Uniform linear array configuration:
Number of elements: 32
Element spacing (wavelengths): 1
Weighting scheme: hamming
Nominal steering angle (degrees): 15
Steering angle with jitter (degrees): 14.377
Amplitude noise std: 0.05
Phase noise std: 0.05

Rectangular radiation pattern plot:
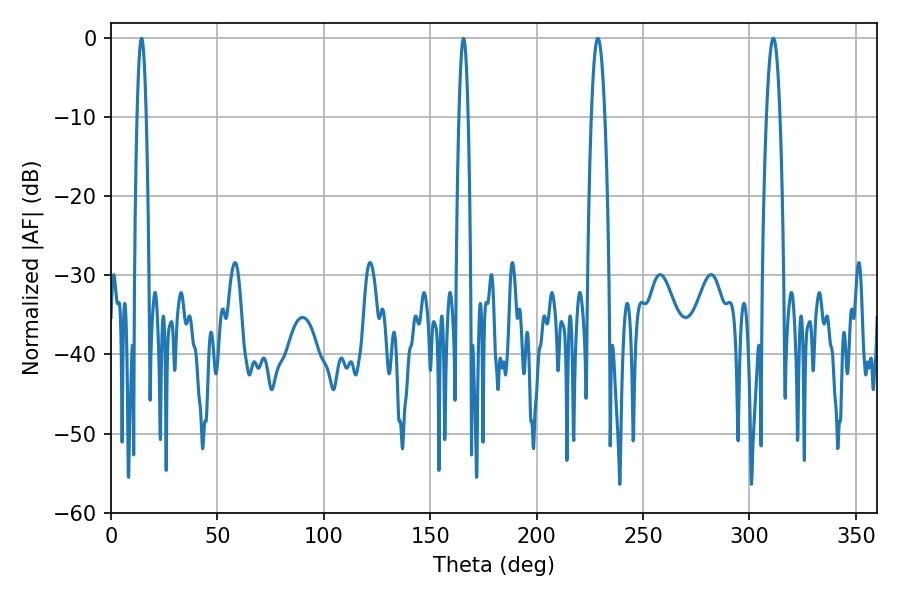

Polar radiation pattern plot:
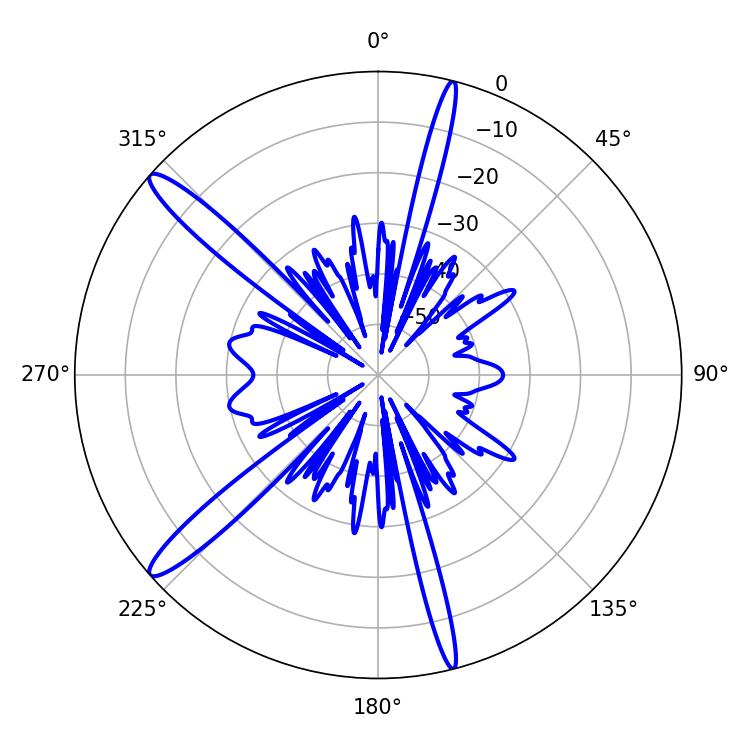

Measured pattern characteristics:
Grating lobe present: TRUE
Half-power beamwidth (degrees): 3.42
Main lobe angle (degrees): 228.78